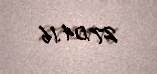
27.04.16